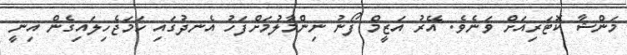
މަންޝާ ކޮޓަރިއަށް ވަނެވެ. އޭރު އަޒީމް ފޯނު ނިންމާލުމަށްފަހު އެނދުގައި ހަމަޖެހިލައިގެން އިނީ